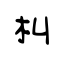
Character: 朻